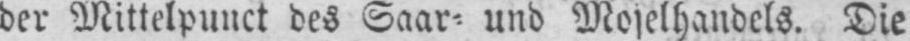
Die